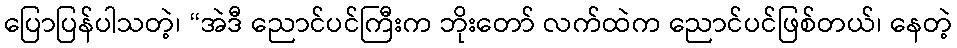
ပြောပြန်ပါသတဲ့၊ “အဲဒီ ညောင်ပင်ကြီးက ဘိုးတော် လက်ထဲက ညောင်ပင်ဖြစ်တယ်၊ နေတဲ့